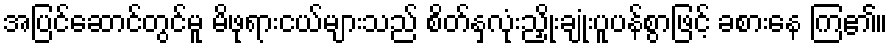
အပြင်ဆောင်တွင်မူ မိဖုရားငယ်များသည် စိတ်နှလုံးညှိုးချုံးပူပန်စွာဖြင့် ခစားနေ ကြ၏။